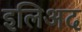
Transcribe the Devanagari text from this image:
इलिअद